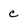
Character: c